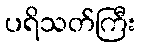
ပရိသတ်ကြီး